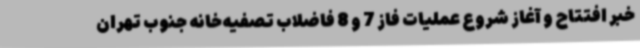
خبر افتتاح و آغاز شروع عملیات فاز 7 و 8 فاضلاب تصفیه‌خانه جنوب تهران